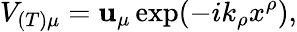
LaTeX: V_{(T)\mu}=\mathbf{u}_{\mu}\exp(-ik_{\rho}x^{\rho}),